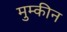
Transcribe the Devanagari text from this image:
मुम्कीन